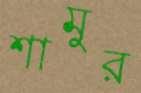
শামুর